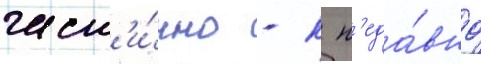
част'и́чно - к н'еда́вно